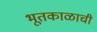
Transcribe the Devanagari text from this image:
भूतकाळाची